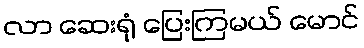
လာ ဆေးရုံ ပြေးကြမယ် မောင်